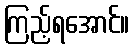
ကြည့်ရအောင်။